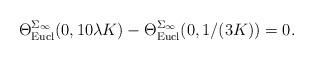
LaTeX: \begin{align*}\Theta_{{\mathrm{Eucl}}}^{\Sigma_\infty}(0,10\lambda K)-\Theta_{{\mathrm{Eucl}}}^{\Sigma_\infty}(0,1/(3K))=0.\end{align*}